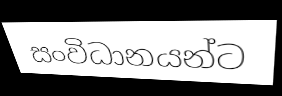
සංවිධානයන්ට